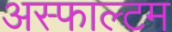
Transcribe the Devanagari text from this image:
अस्फाल्टम